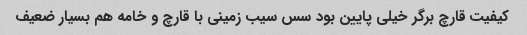
کیفیت قارچ برگر خیلی پایین بود سس سیب زمینی با قارچ و خامه هم بسیار ضعیف